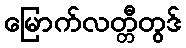
မြောက်လတ္တီတွဒ်